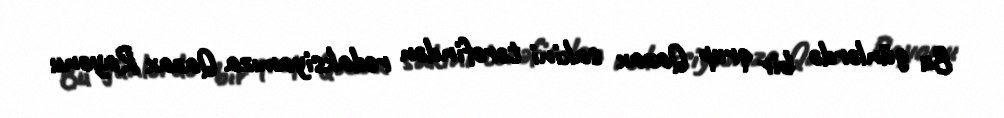
Bu günlərdə bir qrup Qazax sakini tərəfindən redaksiyamıza Qazax Rayonu